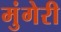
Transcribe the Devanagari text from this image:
मुंगेरी